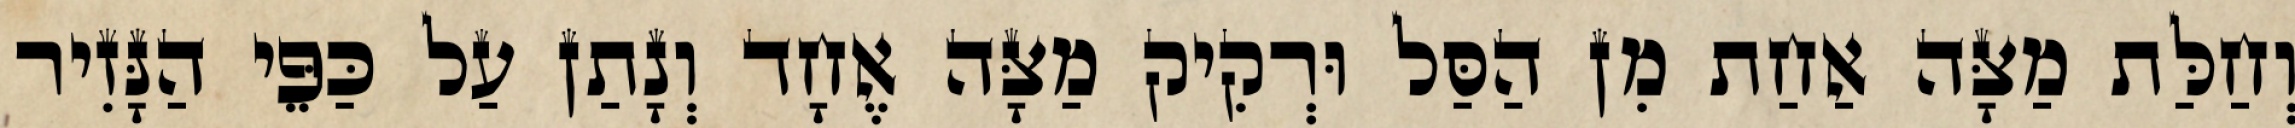
וְחַלַּת מַצָּה אַחַת מִן הַסַּל וּרְקִיק מַצָּה אֶחָד וְנָתַן עַל כַּפֵּי הַנָּזִיר